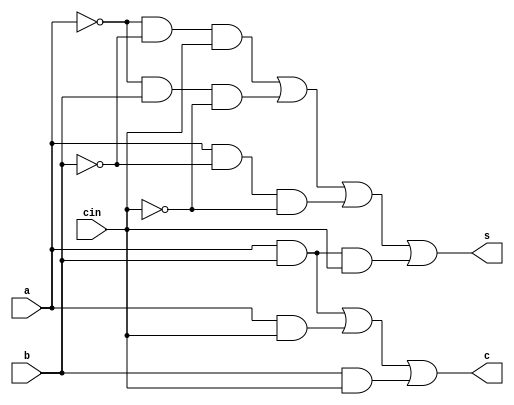
module ysyx_2022040010_fa (
    input   a,b,cin,
    output  s,c
);

    assign s = ~a&~b&cin | ~a&b&~cin | a&~b&~cin | a&b&cin ;
    assign c =  a&b | a&cin | b&cin;

endmodule